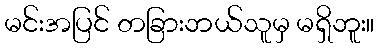
မင်းအပြင် တခြားဘယ်သူမှ မရှိဘူး။